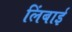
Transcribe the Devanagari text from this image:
लिंबाई